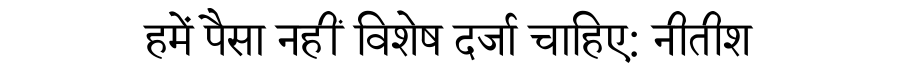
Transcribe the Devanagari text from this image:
हमें पैसा नहीं विशेष दर्जा चाहिए: नीतीश